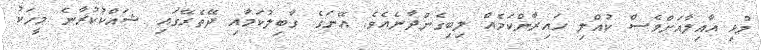
މުޅި އާއިލާއަށްވެސް ކުއްލި ހައިރާންކަމެއް ލިބިގެންދާނެއެވެ. އޭނަގެ ގާބިލުކަމާއި ދޭތެރޭގައި ޝައްކުކުރާނެ މީހަކު